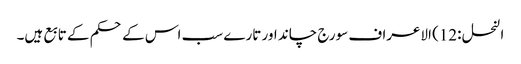
النحل :12) الاعراف سورج چاند اور تارے سب اس کے حکم کے تابع ہیں۔